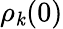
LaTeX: \rho_{\mathit{k}}(0)